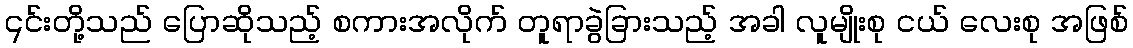
၎င်းတို့သည် ပြောဆိုသည့် စကားအလိုက် တူရာခွဲခြားသည့် အခါ လူမျိုးစု ငယ် လေးစု အဖြစ်